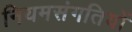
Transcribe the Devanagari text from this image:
नियमसंगतियों